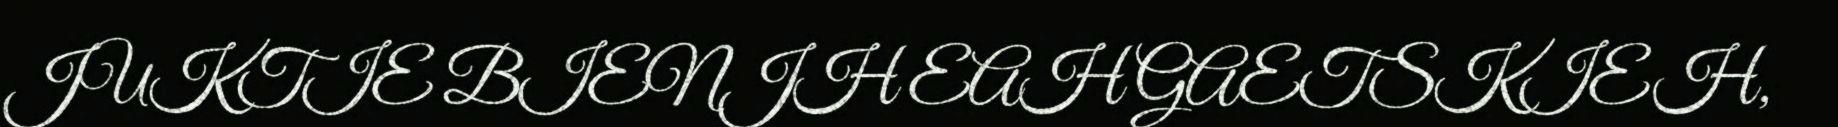
JUKTIE BIENJH EAH GAETSKIEH,